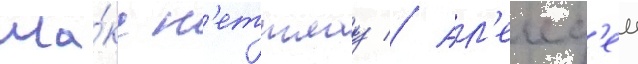
Ма́кс н'еттлау // Ал'екс'еи